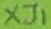
Text: XJ1